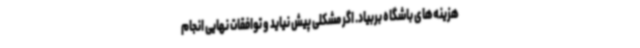
هزینه‌های باشگاه بربیاد. اگر مشکلی پیش نیاید و توافقات نهایی انجام